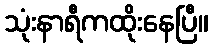
သုံးနာရီကထိုးနေပြီ။